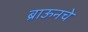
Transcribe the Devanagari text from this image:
ब्राऊनचेेे